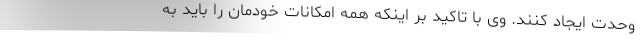
وحدت ایجاد کنند. وی با تاکید بر اینکه همه امکانات خودمان را باید به